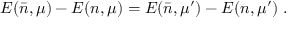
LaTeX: E ( \bar { n } , \mu ) - E ( n , \mu ) = E ( \bar { n } , \mu ^ { \prime } ) - E ( n , \mu ^ { \prime } ) \; .